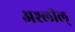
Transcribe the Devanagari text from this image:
अश्लील्